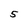
Character: 5